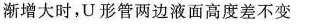
渐增大时，U形管两边液面高度差不变